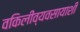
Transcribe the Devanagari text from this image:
वकिलीव्यवसायाशी